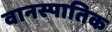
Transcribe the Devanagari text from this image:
वानस्पातिक